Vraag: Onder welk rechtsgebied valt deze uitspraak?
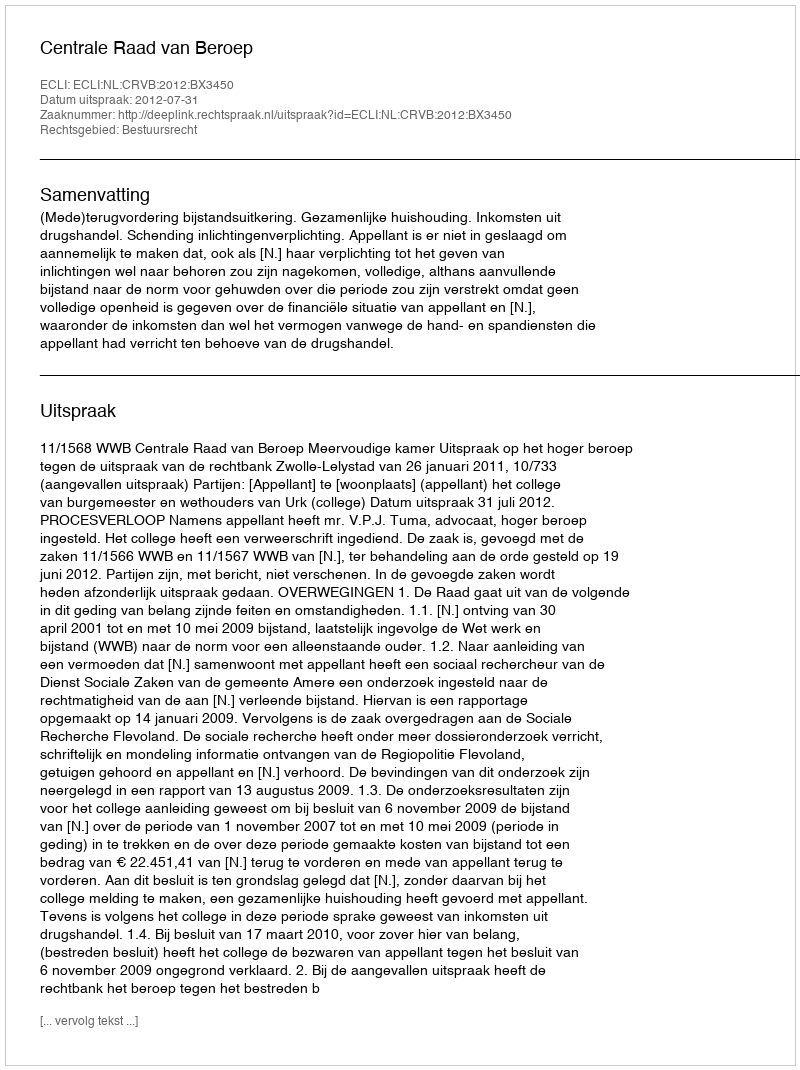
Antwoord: Bestuursrecht